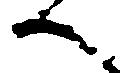
へ